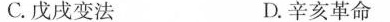
C.戊戌变法 D.辛亥革命